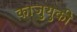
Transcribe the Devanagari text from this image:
काजुयुकी